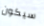
سيكون